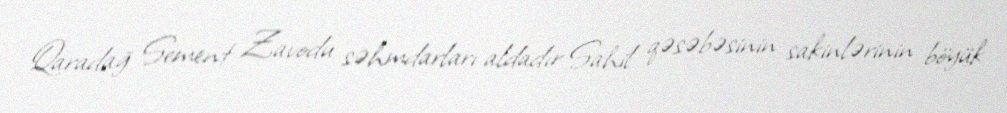
Qaradağ Sement Zavodu səhmdarları aldadır Sahil qəsəbəsinin sakinlərinin böyük